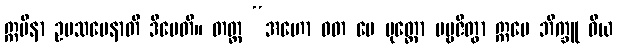
ဣမိနာ ဥပသမေနာတိ ဒီပေတိ။ တတ္ထ “အဟော ဝတ မေ ပုတ္တော ပဗ္ဗဇိတွာ ဣမေ ဘိက္ခူ ဝိယ